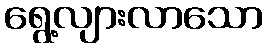
ရွေ့လျားလာသော